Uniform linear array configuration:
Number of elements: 12
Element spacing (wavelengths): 0.25
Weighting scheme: exponential
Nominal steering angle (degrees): -45
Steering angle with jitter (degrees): -46.924
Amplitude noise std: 0.05
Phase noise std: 0.05

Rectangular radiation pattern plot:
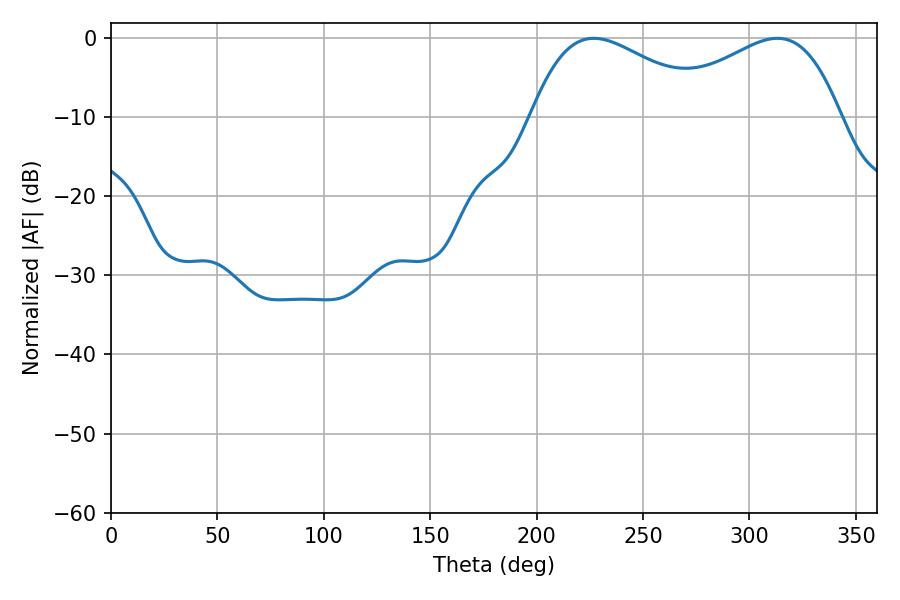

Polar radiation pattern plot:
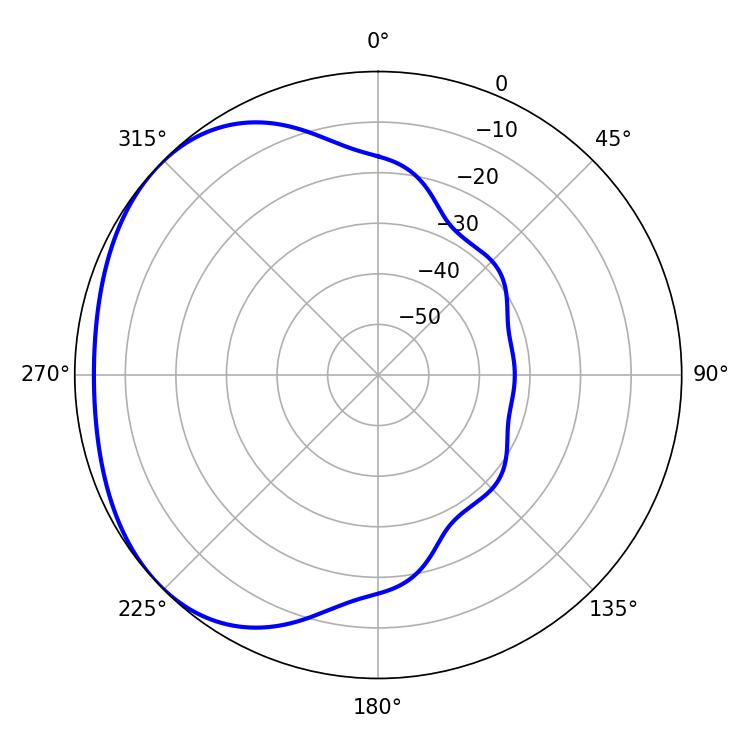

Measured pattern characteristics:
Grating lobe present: FALSE
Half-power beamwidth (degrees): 46.26
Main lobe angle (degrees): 226.8